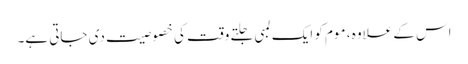
اس کے علاوہ ، موم کو ایک لمبی جلتے وقت کی خصوصیت دی جاتی ہے۔